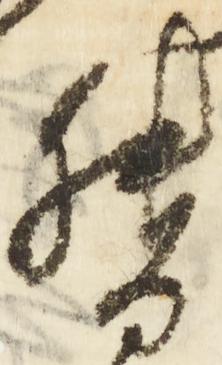
督